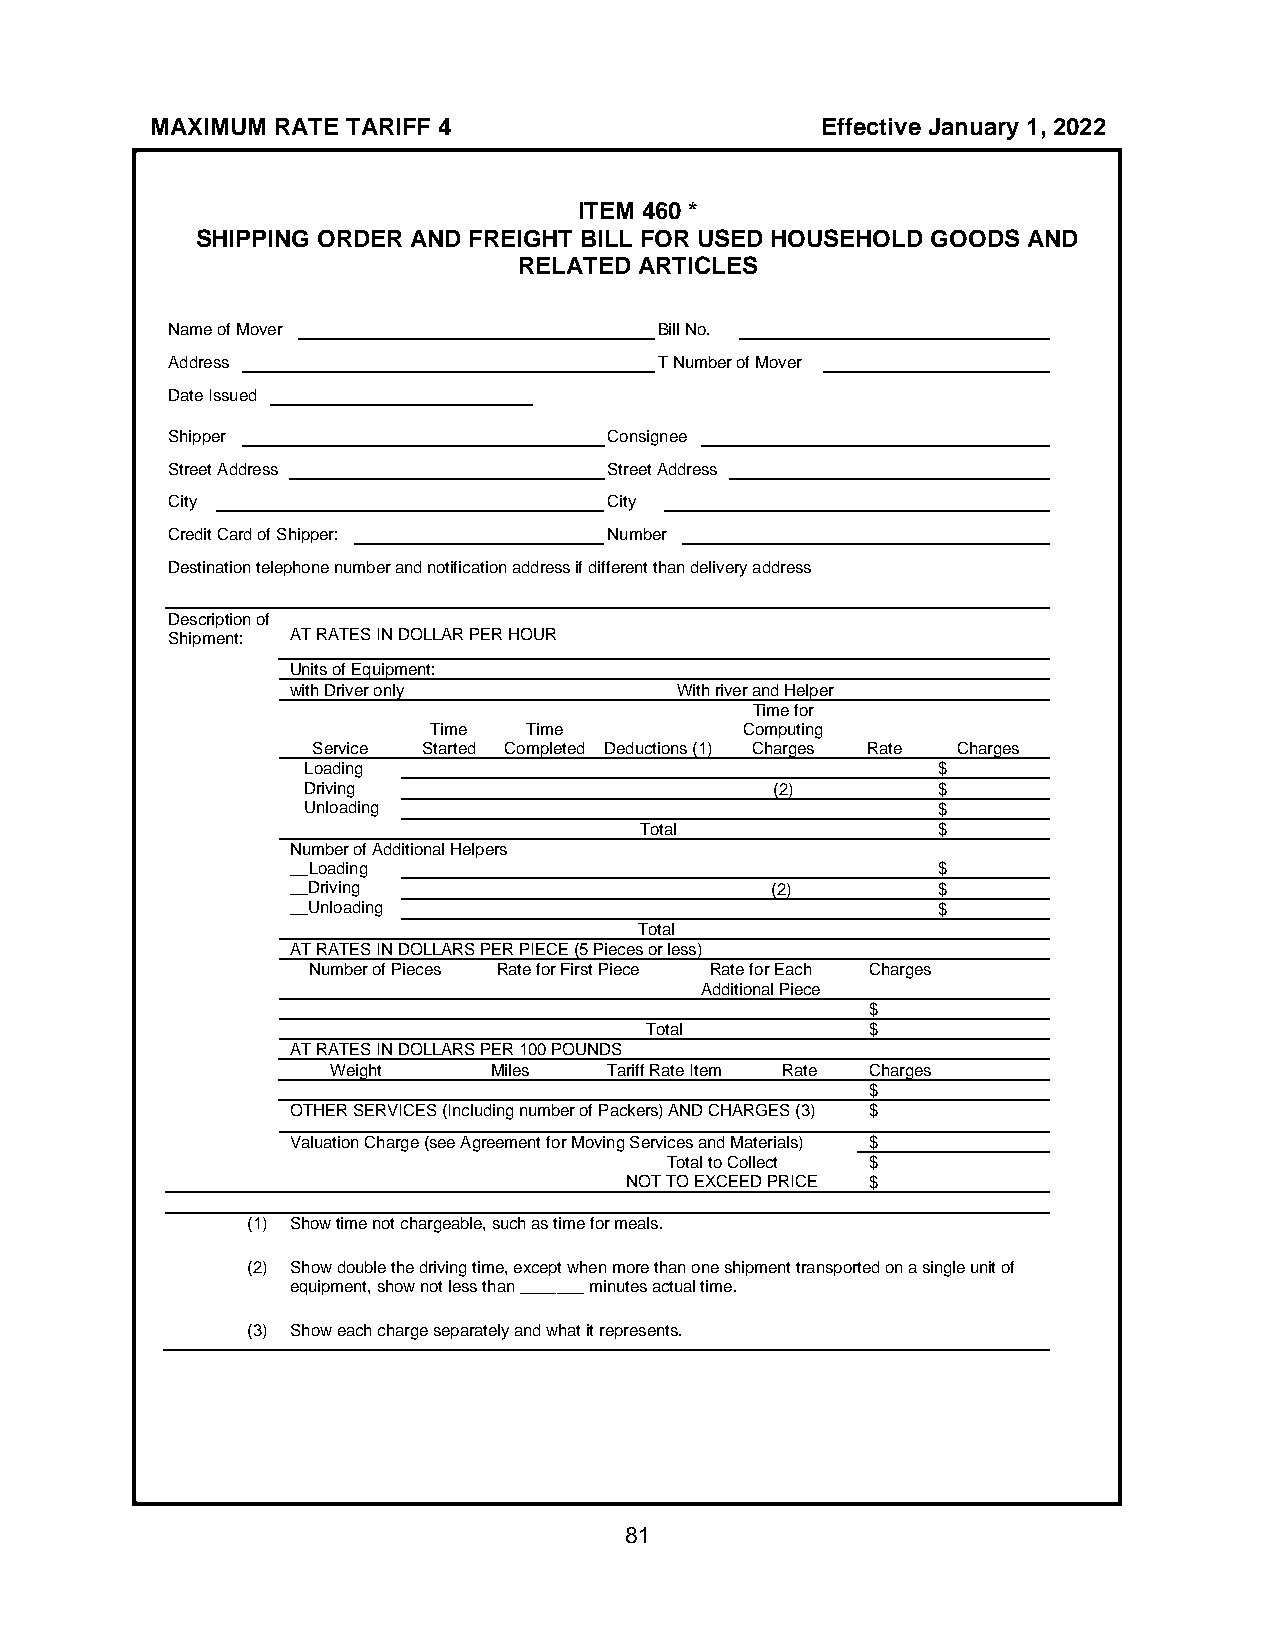
MAXIMUM RATE TARIFF 4                       Effective January 1, 2022
 ITEM 460 *
 SHIPPING ORDER AND FREIGHT BILL FOR USED HOUSEHOLD GOODS AND
 RELATED ARTICLES
 Name of Mover                    Bill No.
 Address                          T Number of Mover
 Date Issued
 Shipper                      Consignee
 Street Address               Street Address
 City                         City
 Credit Card of Shipper:      Number
 Destination telephone number and notification address if different than delivery address
 Description of
 Shipment: AT RATES IN DOLLAR PER HOUR
 Units of Equipment:
 with Driver only          With river and Helper
 Time for
 Time   Time          Computing
 Service Started Completed Deductions (1) Charges Rate Charges
 Loading                                   $
 Driving                        (2)        $
 Unloading                                 $
 Total               $
 Number of Additional Helpers
 __Loading                                  $
 __Driving                       (2)        $
 __Unloading                                $
 Total
 AT RATES IN DOLLARS PER PIECE (5 Pieces or less)
 Number of Pieces Rate for First Piece Rate for Each Charges
 Additional Piece
 $
 Total          $
 AT RATES IN DOLLARS PER 100 POUNDS
 Weight    Miles   Tariff Rate Item Rate Charges
 $
 OTHER SERVICES (Including number of Packers) AND CHARGES (3) $
 Valuation Charge (see Agreement for Moving Services and Materials) $
 Total to Collect $
 NOT TO EXCEED PRICE $
 (1) Show time not chargeable, such as time for meals.
 (2) Show double the driving time, except when more than one shipment transported on a single unit of
 equipment, show not less than _______ minutes actual time.
 (3) Show each charge separately and what it represents.
 81